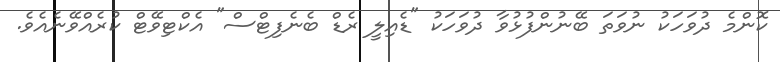
ކޮންމެ ދުވަހަކު ނުވަތަ ބޭނުންފުޅުވާ ދުވަހަކު "ޑެއިލީ ރެޑް ބެނެފިޓްސް" އެކްޓިވޭޓް ކުރެއްވޭނެއެވެ.